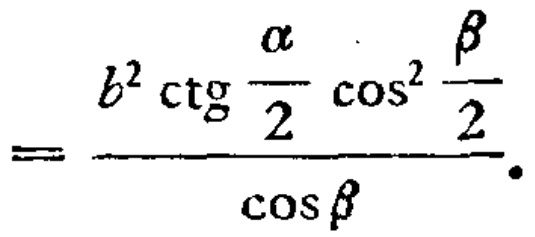
\[
= \frac{b^{2} \operatorname{ctg} \frac{\alpha}{2} \cos ^{2} \frac{\beta}{2}}{\cos \beta}.
\]